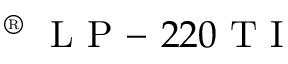
\textsuperscript { \textregistered } ~ \mathrm { ~ L ~ P ~ - ~ } 2 2 0 \mathrm { ~ T ~ I ~ }